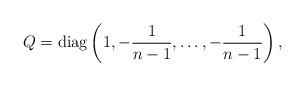
\begin{align*}Q={\rm diag}\left(1,-{1\over n-1},\ldots,-{1\over n-1}\right),\end{align*}